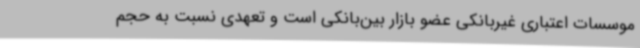
موسسات اعتباری غیربانکی عضو بازار بین‌بانکی است و تعهدی نسبت به حجم